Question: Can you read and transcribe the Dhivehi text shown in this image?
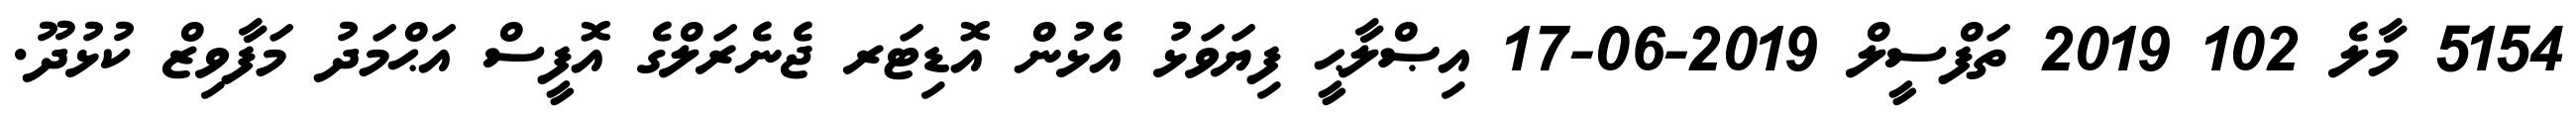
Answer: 5154 މާލެ 102 2019 ތަފްސީލް 2019-06-17 އިޞްލާޙީ ފިޔަވަޅު އެޅުން އޮޑިޓަރ ޖެނެރަލްގެ އޮފީސް އަޙްމަދު މަފާވިޒް ކުޅުދޫ.